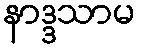
နာဒ္ဒသာမ